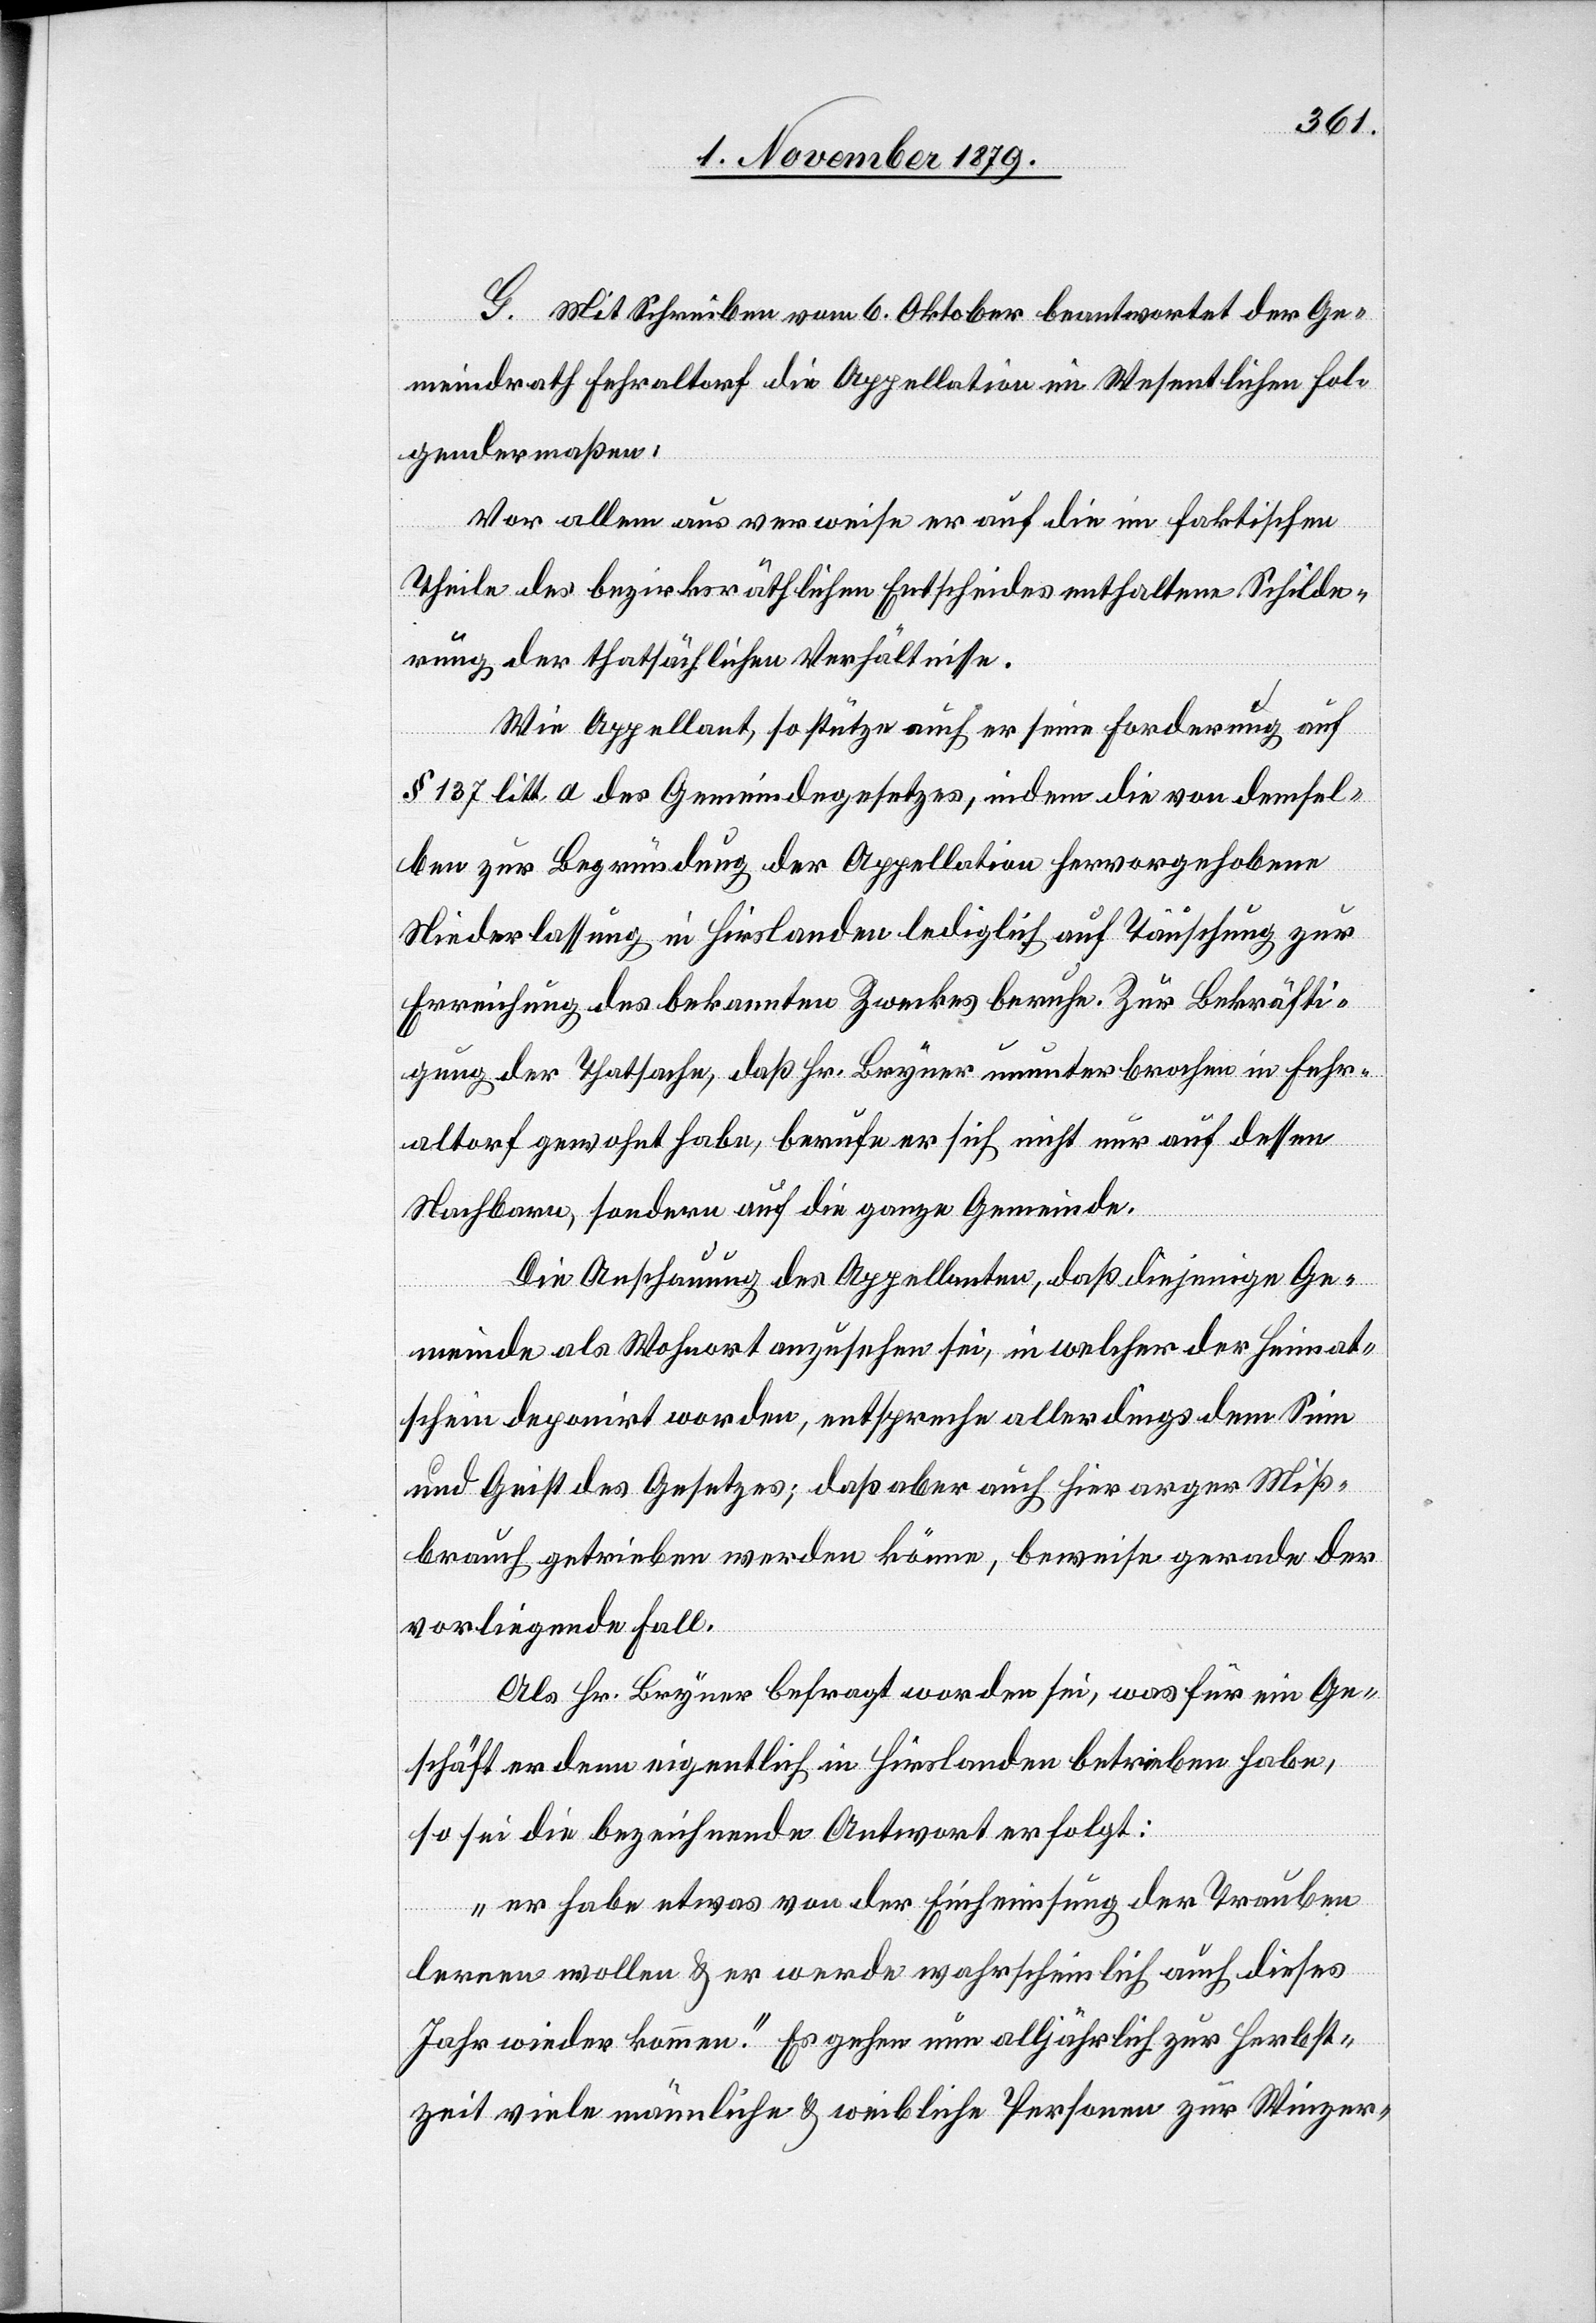
G. Mit Schreiben vom 6. Oktober beantwortet der Ge¬
meindrath Fehraltorf die Appellation im Wesentlichen fol¬
gendermaßen:
Vor allem aus verweise er auf die im faktischen
Theile des bezirksräthlichen Entscheides enthaltene Schilde¬
rung der thatsächlichen Verhältnisse.
Wie Appellant, so stütze auch er seine Forderung auf
§ 137 litt. a des Gemeindegesetzes, indem die von demsel¬
ben zur Begründung der Appellation hervorgehobene
Niederlassung in Hirslanden lediglich auf Täuschung zur
Erreichung des bekannten Zweckes beruhe. Zur Bekräfti¬
gung der Thatsache, daß Hr. Bryner ununterbrochen in Fehr¬
altorf gewohnt habe, berufe er sich nicht nur auf dessen
Nachbarn, sondern auf die ganze Gemeinde.
Die Anschauung des Appellanten, daß diejenige Ge¬
meinde als Wohnort anzusehen sei, in welcher der Heimat¬
schein deponirt worden, entspreche allerdings dem Sinn
und Geist des Gesetzes; das aber auch hier arger Miß¬
brauch getrieben werden könne, beweise gerade der
vorliegende Fall.
Als Hr. Bryner befragt worden sei, was für ein Ge¬
schäft er denn eigentlich in Hirslanden betrieben habe,
so sei die bezeichnende Antwort erfolgt:
„er habe etwas von der Einheimsung der Trauben
lernen wollen & er werde wahrscheinlich auch dieses
Jahr wieder kommen.“ Es gehen nun alljährlich zur Herbst¬
zeit viele männliche & weibliche Personen zur Winzer-